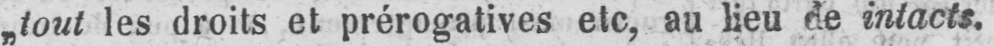
„tout les droits et prérogatives etc, au lieu de intacts.